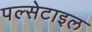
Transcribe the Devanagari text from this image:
पल्सेटाइल